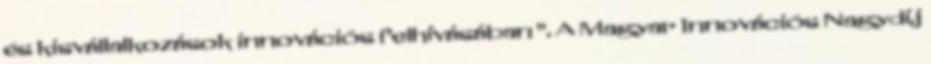
és kisvállalkozások innovációs felhívásában ". A Magyar Innovációs Nagydíj